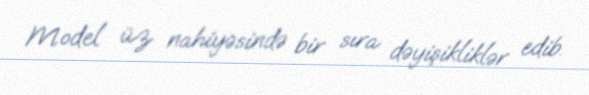
Model üz nahiyəsində bir sıra dəyişikliklər edib.